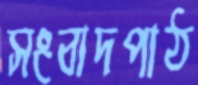
সংবাদপাঠ